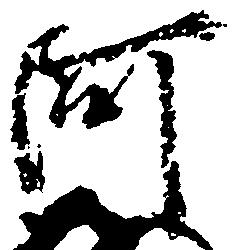
阿